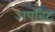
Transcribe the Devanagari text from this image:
अपबिट